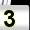
Digit: 3